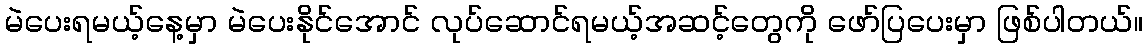
မဲပေးရမယ့်နေ့မှာ မဲပေးနိုင်အောင် လုပ်ဆောင်ရမယ့်အဆင့်တွေကို ဖော်ပြပေးမှာ ဖြစ်ပါတယ်။